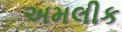
અમલીક